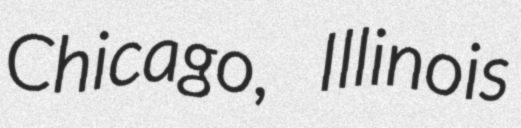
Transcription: Chicago, Illinois